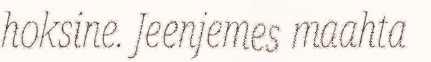
hoksine. Jeenjemes maahta